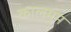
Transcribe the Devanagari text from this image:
कालमुम